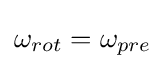
\omega _{rot}=\omega _{pre}